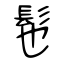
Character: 髢